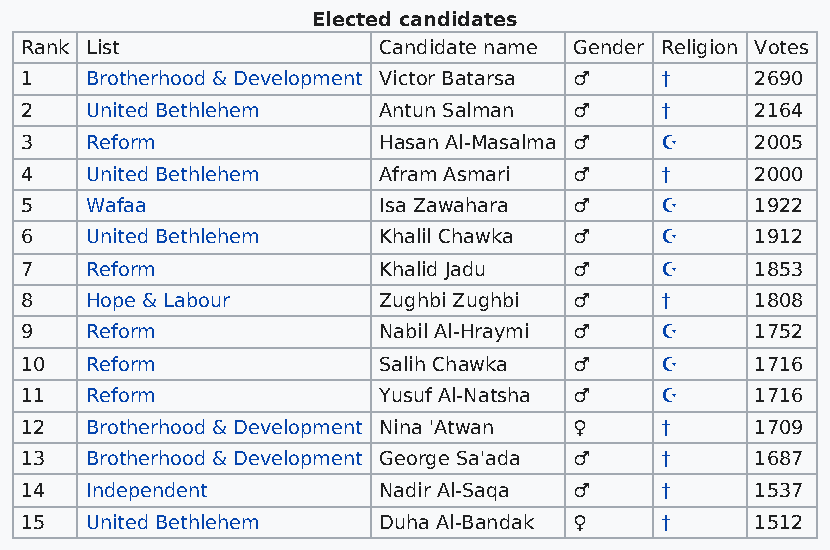
Elected candidates
 Rank List               Candidate name Gender Religion Votes
 1    Brotherhood & Development Victor Batarsa ♂ † 2690
 2    United Bethlehem   Antun Salman ♂     †     2164
 3    Reform             Hasan Al-Masalma ♂ ☪     2005
 4    United Bethlehem   Afram Asmari ♂     †     2000
 5    Wafaa              Isa Zawahara ♂     ☪     1922
 6    United Bethlehem   Khalil Chawka ♂    ☪     1912
 7    Reform             Khalid Jadu  ♂     ☪     1853
 8    Hope & Labour      Zughbi Zughbi ♂    †     1808
 9    Reform             Nabil Al-Hraymi ♂  ☪     1752
 10   Reform             Salih Chawka ♂     ☪     1716
 11   Reform             Yusuf Al-Natsha ♂  ☪     1716
 12   Brotherhood & Development Nina 'Atwan ♀ †   1709
 13   Brotherhood & Development George Sa'ada ♂ † 1687
 14   Independent        Nadir Al-Saqa ♂    †     1537
 15   United Bethlehem   Duha Al-Bandak ♀   †     1512